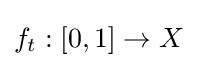
f_{t}:[0,1]\to X